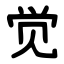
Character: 觉